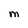
Character: M